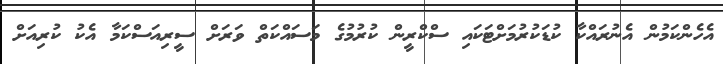
އެހެންކަމުން އެނުރައްކާ ކުޑަކުރުމަށްޓަކައި ސްކްރީން ކުރުމުގެ މަސައްކަތް ވަރަށް ސީރިއަސްކަމާ އެކު ކުރިއަށް